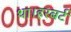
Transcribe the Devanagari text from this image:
था।हरबर्ट